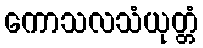
ကောသလသံယုတ္တံ